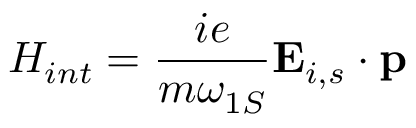
H _ { i n t } = \frac { i e } { m \omega _ { 1 S } } { \bf E } _ { i , s } \cdot { \bf p }